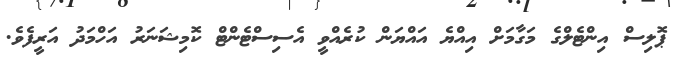
ޕޮލިސް އިންޓެލްގެ މަގާމަށް އިއްޔެ އައްޔަން ކުރެއްވީ އެސިސްޓެންޓް ކޮމިޝަނަރު އަހްމަދު އަރީފެވެ.